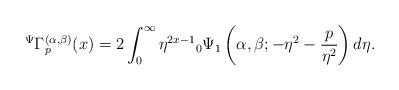
LaTeX: \begin{align*}{}^{\Psi}\Gamma_{p}^{(\alpha,\beta)}(x)=2\int_{0}^{\infty}\eta^{2x-1}{}_{0}\Psi_{1}\left( \alpha,\beta;-\eta^{2}-\frac{p}{\eta^{2}}\right)d \eta.\end{align*}